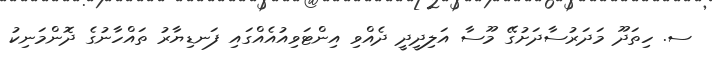
ސ. ހިތަދޫ މަދަރުސާދަށުގޭ މޫސާ އަލިދީދީ ދެއްވި އިންޓަވިއުއެއްގައި ފަނޑިޔާރު ތައްހާނުގެ ދޮންމަނިކު